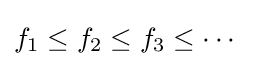
f_{1}\leq f_{2}\leq f_{3}\leq \cdots